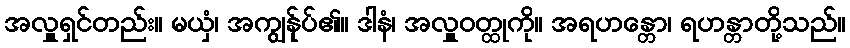
အလှူရှင်တည်း။ မယှံ၊ အကျွန်ုပ်၏။ ဒါနံ၊ အလှူဝတ္ထုကို။ အရဟန္တော၊ ရဟန္တာတို့သည်။